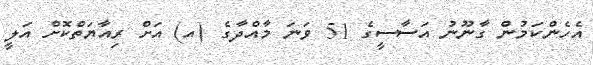
އެހެންކަމުން ގާނޫނު އަސާސީގެ 51 ވަނަ މާއްދާގެ (އ) އަށް ރިއާޔަތްކޮށް އަލީ